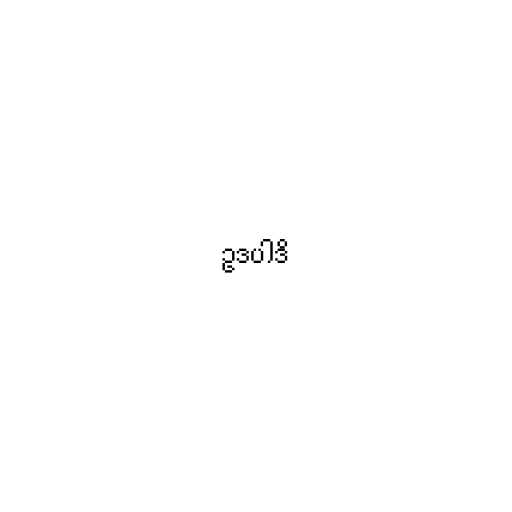
ဥဒပါဒိ